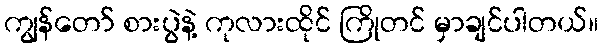
ကျွန်တော် စားပွဲနဲ့ ကုလားထိုင် ကြိုတင် မှာချင်ပါတယ်။